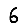
Digit: 6